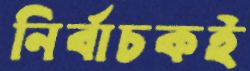
নির্বাচকই